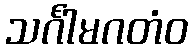
သင်္ဂါမဂတံဝ